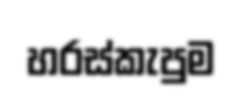
හරස්කැපුම